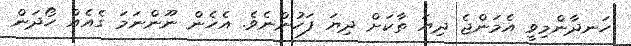
ހަނދާންމިވީ އެމަންޖެ ދިޔަ ތާކަށް ދިޔަ ފަހުންނެވެ. އެހެން ނޫންނަމަ ގެއެއް ހޯދަން